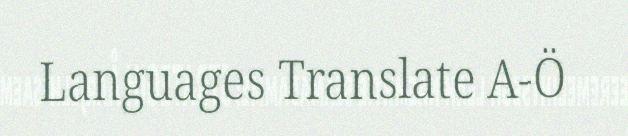
Languages Translate A-Ö